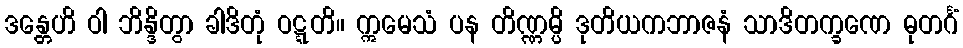
ဒန္တေဟိ ဝါ ဘိန္ဒိတွာ ခါဒိတုံ ဝဋ္ဋတိ။ ဣမေသံ ပန တိဏ္ဏမ္ပိ ဒုတိယကဘာဇနံ သာဒိတက္ခဏေ ဓုတင်္ဂံ